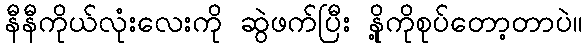
နီနီကိုယ်လုံးလေးကို ဆွဲဖက်ပြီး နို့ကိုစုပ်တော့တာပဲ။